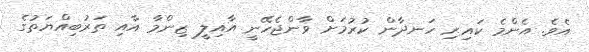
އެވެ. އެންމެ ކައިރި ހަނދާން ކުރުމަށް ވާންޖެހޭނީ އާއިލީ ޒިންމާ އާއި ތަރުބިއްޔަތުގެ